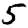
Digit: 5